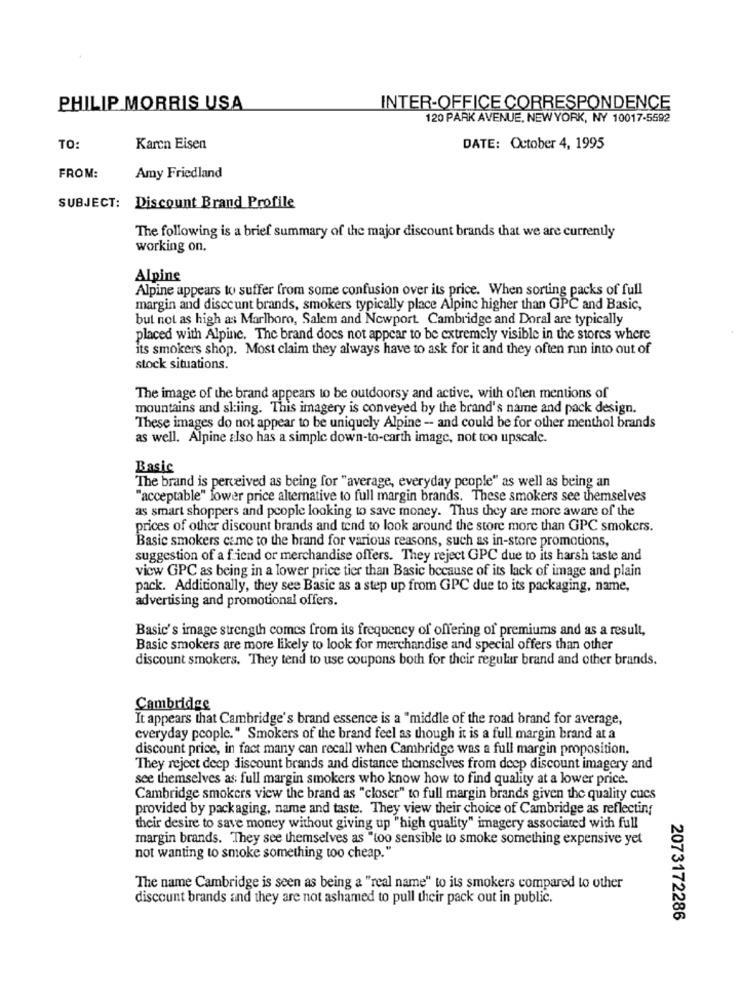
PHILIP MORRIS USA
INTER-OFFICE CORRESPONDENCE
120 PARK AVENUE, NEW YORK, NY 10017-5592
TO:
Karen Eisen
DATE: October 4, 1995
FROM:
Amy Friedland
SUBJECT: Discount Brand Profile
The following is a brief summary of the major discount brands that we are currently
working on.
Alpine
Alpine appears to suffer from some confusion over its price. When sorting packs of full
margin and discount brands, smokers typically place Alpine higher than GPC and Basic,
but not as high as Marlboro, Salem and Newport. Cambridge and Doral are typically
placed with Alpinc. The brand does not appear to be extremely visible in the stores where
its smokers shop. Most claim they always have to ask for it and they often run into out of
stock situations.
The image of the brand appears to be outdoorsy and active, with often mentions of
mountains and skiing. This imagery is conveyed by the brand's name and pack design.
These images do not appear to be uniquely Alpine - and could be for other menthol brands
as well. Alpine also has a simple down-to-carth image, not too upscale.
Basic
The brand is perceived as being for "average, everyday people" as well as being an
"acceptable" lower price alternative to full margin brands. These smokers see themselves
as smart shoppers and people looking to save money. Thus they are more aware of the
prices of other discount brands and tend to look around the store more than GPC smokers.
Basic smokers came to the brand for various reasons, such as in-store promotions,
suggestion of a friend or merchandise offers. They reject GPC due to its harsh taste and
vicw GPC as being in a lower price tier than Basic because of its lack of image and plain
pack. Additionally, they see Basic as a step up from GPC due to its packaging, name,
advertising and promotional offers.
Basic's image strength comes from its frequency of offering of premiums and as a result,
Basic smokers are more likely to look for merchandise and special offers than other
discount smokers. They tend to use coupons both for their regular brand and other brands.
Cambridge
It appears that Cambridge's brand essence is a "middle of the road brand for average,
everyday people." Smokers of the brand feel as though it is a full margin brand at a
discount price, in fact many can recall when Cambridge was a full margin proposition.
They reject deep discount brands and distance themselves from deep discount imagery and
see themselves as; full margin smokers who know how to find quality at a lower price.
Cambridge smokers view the brand as "closer" to full margin brands given the quality cucs
provided by packaging, name and taste. They view their choice of Cambridge as reflecting
their desire to save money without giving up "high quality" imagery associated with full
margin brands. They see themselves as "too sensible to smoke something expensive yet
not wanting to smoke something too cheap."
The name Cambridge is seen as being a "real name" to its smokers compared to other
discount brands and they are not ashamed to pull their pack out in public.
2073172286